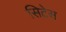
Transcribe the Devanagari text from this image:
सिटेस